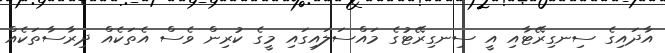
އާދައިގެ ސިނގިރޭޓާއި އީ ސިނގިރޭޓުގެ މައްސަލައިގައި މީގެ ކުރިން ވެސް އެތަކެއް ދިރާސާތަކެއް